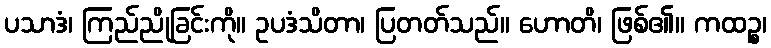
ပသာဒံ၊ ကြည်ညိုခြင်းကို။ ဥပဒံသိတာ၊ ပြတတ်သည်။ ဟောတိ၊ ဖြစ်၏။ ကထဉ္စ၊